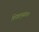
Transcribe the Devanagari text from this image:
शिक्षानुसंधान